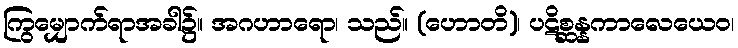
ကြွမျှောက်ရာအခါ၌။ အဂဟာရော၊ သည်။ (ဟောတိ)၊ ပဋိစ္ဆန္နကာလေယေဝ၊